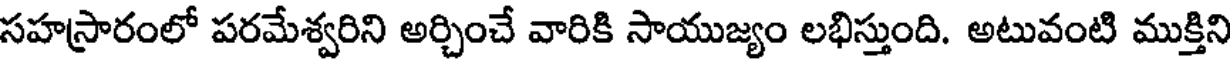
సహస్రారంలో పరమేశ్వరిని అర్చించే వారికి సాయుజ్యం లభిస్తుంది. అటువంటి ముక్తిని